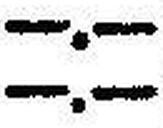
—.—